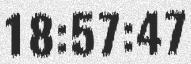
18:57:47